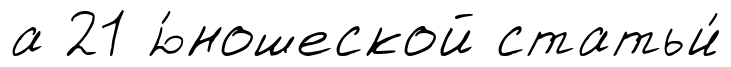
а 21 ю́ношеской статьи́